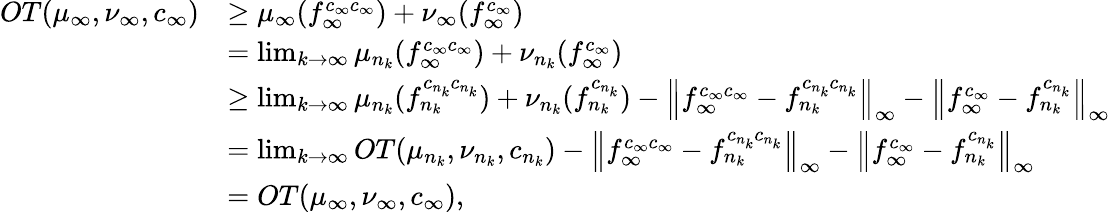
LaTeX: \begin{array}{rl}{OT(\mu_{\infty},\nu_{\infty},{c_{\infty}})}&{\geq\mu_{\infty}(f_{\infty}^{c_{\infty}c_{\infty}})+\nu_{\infty}(f_{\infty}^{c_{\infty}})}\\ &{=\operatorname*{lim}_{k\rightarrow\infty}\mu_{n_{k}}(f_{\infty}^{c_{\infty}c_{\infty}})+\nu_{n_{k}}(f_{\infty}^{c_{\infty}})}\\ &{\geq\operatorname*{lim}_{k\rightarrow\infty}\mu_{n_{k}}(f_{n_{k}}^{c_{n_{k}}c_{n_{k}}})+\nu_{n_{k}}(f_{n_{k}}^{c_{n_{k}}})-\left\| f_{\infty}^{c_{\infty}c_{\infty}}-f_{n_{k}}^{c_{n_{k}}c_{n_{k}}}\right\| _{\infty}-\left\| f_{\infty}^{c_{\infty}}-f_{n_{k}}^{c_{n_{k}}}\right\| _{\infty}}\\ &{=\operatorname*{lim}_{k\rightarrow\infty}OT(\mu_{n_{k}},\nu_{n_{k}},{c_{n_{k}}})-\left\| f_{\infty}^{c_{\infty}c_{\infty}}-f_{n_{k}}^{c_{n_{k}}c_{n_{k}}}\right\| _{\infty}-\left\| f_{\infty}^{c_{\infty}}-f_{n_{k}}^{c_{n_{k}}}\right\| _{\infty}}\\ &{=OT(\mu_{\infty},\nu_{\infty},{c_{\infty}}),}\end{array}